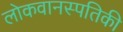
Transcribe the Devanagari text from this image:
लोकवानस्पतिकी